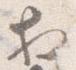
於